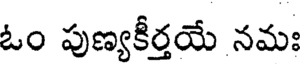
ఓం పుణ్యకీర్తయే నమః